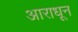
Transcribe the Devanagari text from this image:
आराधून